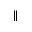
\parallel